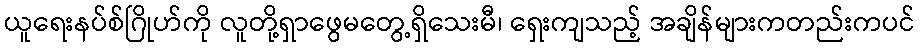
ယူရေးနပ်စ်ဂြိုဟ်ကို လူတို့ရှာဖွေမတွေ့ရှိသေးမီ၊ ရှေးကျသည့် အချိန်များကတည်းကပင်